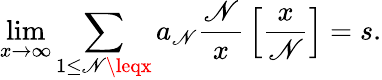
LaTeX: \operatorname*{lim}_{x\rightarrow\infty}\sum_{1\leq\mathscr{N}\leqx}a_{\mathscr{N}}{\frac{{\mathscr{N}}}{{x}}}\left[{\frac{{x}}{{\mathscr{N}}}}\right]=s.